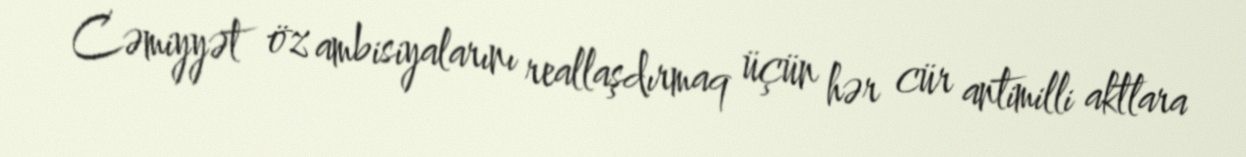
Cəmiyyət öz ambisiyalarını reallaşdırmaq üçün hər cür antimilli aktlara